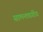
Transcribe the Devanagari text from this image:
सामन्तवर्गीय